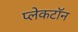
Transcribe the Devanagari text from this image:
प्लेकटॉन